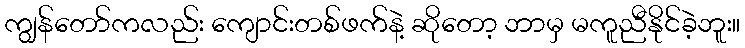
ကျွန်တော်ကလည်း ကျောင်းတစ်ဖက်နဲ့ ဆိုတော့ ဘာမှ မကူညီနိုင်ခဲ့ဘူး။